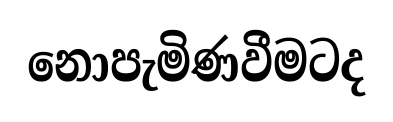
නොපැමිණවීමටද